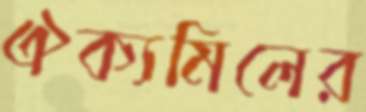
ঐক্যমিলের